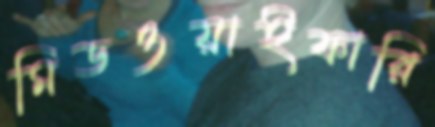
মিডওয়াইফারি